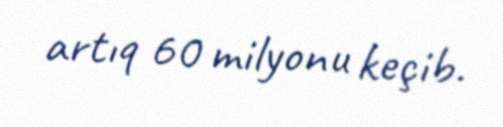
artıq 60 milyonu keçib.